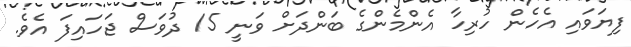
ފިޔަވައި އެހެން ހުރިހާ އެންމެންގެ ބަންދަށް ވަނީ 15 ދުވަސް ޖަހައިފަ އެވެ.